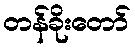
တန်ခိုးတော်